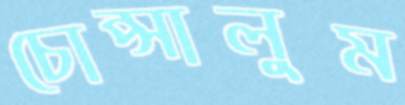
চোপ্‌সালুম